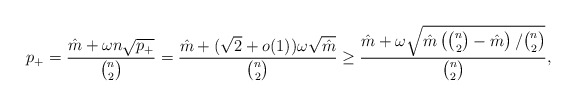
\begin{align*}p_+ = \frac{\hat{m} + \omega n \sqrt{p_+}}{\binom{n}{2}}= \frac{\hat{m} + (\sqrt2+o(1))\omega \sqrt{ \hat m }}{\binom{n}{2}}\ge \frac{\hat{m} + \omega \sqrt{ \hat m \left(\binom{n}{2}-\hat m \right)/\binom{n}{2} }}{\binom{n}{2}},\end{align*}